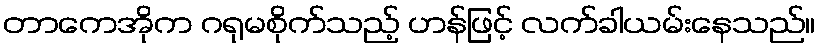
တာကေအိုက ဂရုမစိုက်သည့် ဟန်ဖြင့် လက်ခါယမ်းနေသည်။